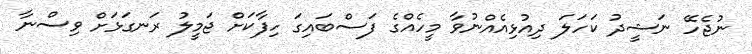
ނުޖެހޭ ނަޝީދު ކަހަލަ ދިއުޅިއެއްނުވާ މީހެއްގެ ފަސްބައިގަ ހިފާކަށް ޖަމީލު ރަނގަޅަށް ވިސްނާ